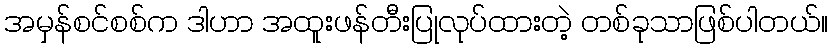
အမှန်စင်စစ်က ဒါဟာ အထူးဖန်တီးပြုလုပ်ထားတဲ့ တစ်ခုသာဖြစ်ပါတယ်။